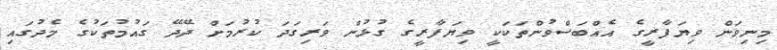
މިނިވަން ވިޔަފާރީގެ އެއްބަސްވުންތަކަކީ ވިޔަފާރީގެ ގުޅުން ވަރިގަދަ ކުރުމަށް ދޭދޭ ގައުމުތަކުގެ މެދުގައި